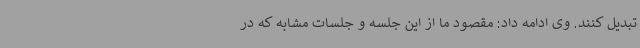
تبدیل کنند. وی ادامه داد: مقصود ما از این جلسه و جلسات مشابه که در